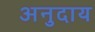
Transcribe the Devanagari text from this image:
अनुदाय